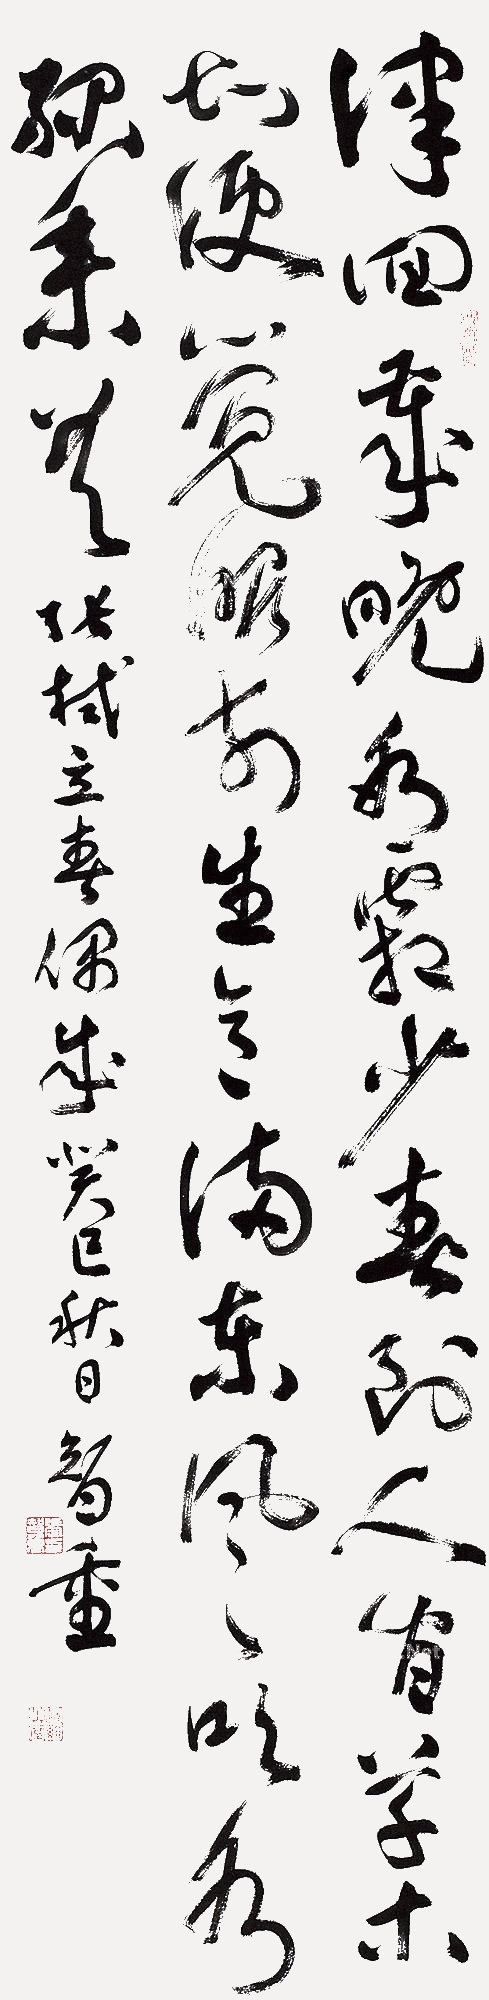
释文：律回岁晚冰霜少，春到人间草木知。便觉眼前生意满，东风吹水绿参差。张栻立春偶成。癸巳秋日智重。